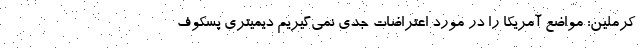
کرملین: مواضع آمریکا را در مورد اعتراضات جدی نمی‌گیریم دیمیتری پسکوف